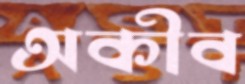
অকীব